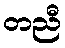
တညီ